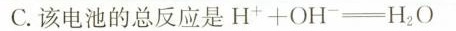
C.该电池的总反应是$$H + O H = H_{2} O$$